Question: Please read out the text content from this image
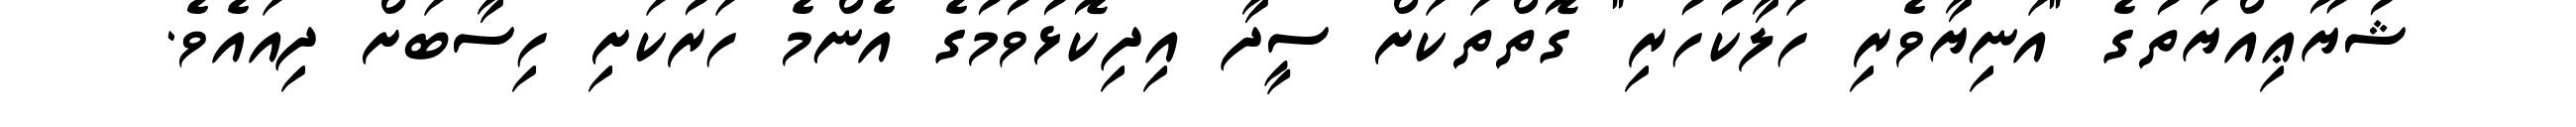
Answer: ޝުޔޫޢިއްޔަތުގެ "އަނިޔާވެރި ހަލާކުހުރި" ގޮތްތަކަށް ސީދާ އިދިކޮޅުވުމުގެ އެންމެ ހަރުކަށި ހިސާބަށް ދިއައެވެ.